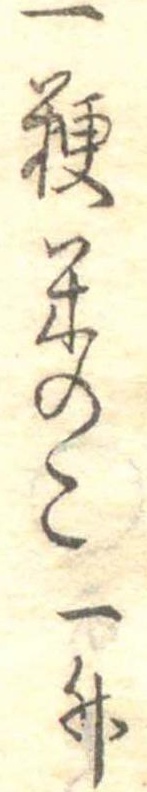
一粳米のこ一升